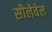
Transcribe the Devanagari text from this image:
सीलेवेल